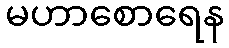
မဟာစောရေန